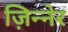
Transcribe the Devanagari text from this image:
ज़िन्नेर